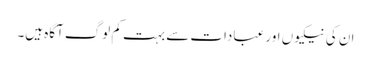
ان کی نیکیوں اور عبادات سے بہت کم لوگ آگاہ ہیں۔